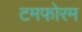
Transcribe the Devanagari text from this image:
टमफोरम